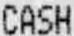
CASH